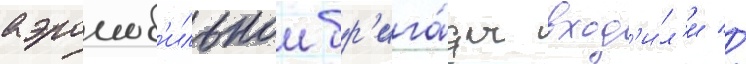
аэромоб'ильнои бр'ига́ды вход'и́л'и //